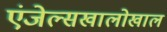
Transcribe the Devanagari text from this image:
एंजेल्सखालोखाल